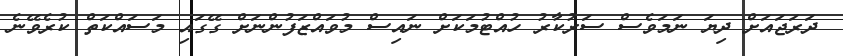
ދަރަޖައަށް ދިޔަ ނަމަވެސް ސަރުކާރު ހުއްޓުމަކަށް ނައިސް މުވައްޒަފުންނަށް ގޭގައި މަސައްކަތް ކުރެވޭނެ